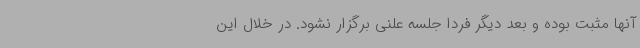
آنها مثبت بوده و بعد دیگر فردا جلسه علنی برگزار نشود. در خلال این